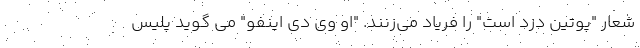
شعار "پوتین دزد است" را فریاد می‌زنند. "او وی دی اینفو" می گوید پلیس